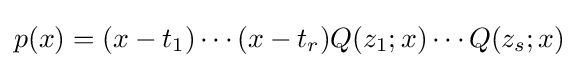
p(x)=(x-t_{1})\cdots (x-t_{r})Q(z_{1};x)\cdots Q(z_{s};x)